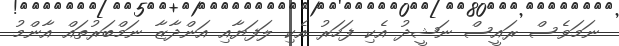
ނަމަވެސް ރައީސް ނަޝީދު އެކި ފަހަރު އެކި ލަފަޔާއި އަންދާޒާ ނަމްބަރުތައް އާންމު